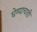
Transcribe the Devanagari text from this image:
घेण्याचाही